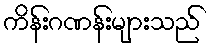
ကိန်းဂဏန်းများသည်